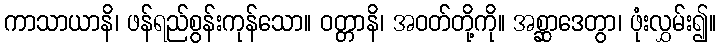
ကာသာယာနိ၊ ဖန်ရည်စွန်းကုန်သော။ ဝတ္တာနိ၊ အဝတ်တို့ကို။ အစ္ဆာဒေတွာ၊ ဖုံးလွှမ်း၍။